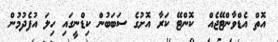
އޮތް އެޑްވާންޓޭޖެއް  ކޮންޓޭ ކަރާ އޮށުގެ ސަބަބުން ކިޑްނީގައި ހިލަ އުފެދުމުން